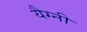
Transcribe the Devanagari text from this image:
यैग्नी